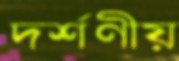
দর্শণীয়